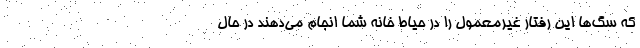
که سگ‌ها این رفتار غیرمعمول را در حیاط خانه شما انجام می‌دهند در حال